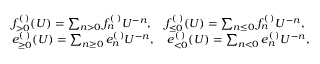
\begin{array} { r l } & { f _ { > 0 } ^ { ( \digamma ) } ( U ) = \sum _ { n > 0 } f _ { n } ^ { ( \digamma ) } U ^ { - n } , \quad f _ { \leq 0 } ^ { ( \digamma ) } ( U ) = \sum _ { n \leq 0 } f _ { n } ^ { ( \digamma ) } U ^ { - n } , } \\ & { e _ { \geq 0 } ^ { ( \digamma ) } ( U ) = \sum _ { n \geq 0 } e _ { n } ^ { ( \digamma ) } U ^ { - n } , \quad e _ { < 0 } ^ { ( \digamma ) } ( U ) = \sum _ { n < 0 } e _ { n } ^ { ( \digamma ) } U ^ { - n } , } \end{array}